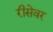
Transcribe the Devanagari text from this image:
रीसेवर